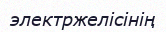
электржелісінің